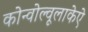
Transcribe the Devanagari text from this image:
कोन्वोल्वूलाकेऐ